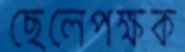
ছেলেপক্ষক